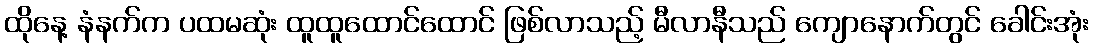
ထိုနေ့ နံနက်က ပထမဆုံး ထူထူထောင်ထောင် ဖြစ်လာသည့် မီလာနီသည် ကျောနောက်တွင် ခေါင်းအုံး